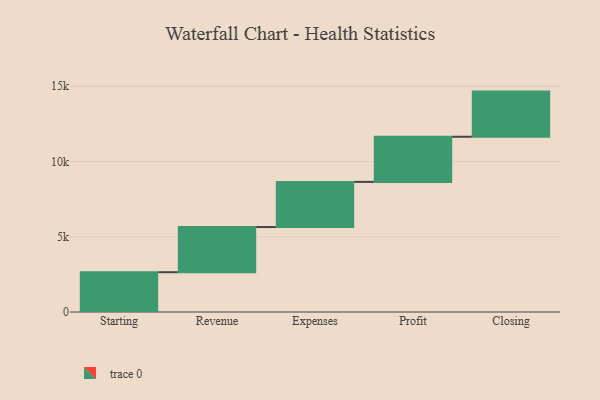
{"axis": {"x": "Step", "y": "Value"}, "legend": [""], "data": [{"x": "Starting", "y": 2644.0, "type": ""}, {"x": "Revenue", "y": 3000, "type": ""}, {"x": "Expenses", "y": 3000, "type": ""}, {"x": "Profit", "y": 3000, "type": ""}, {"x": "Closing", "y": 3000, "type": ""}]}